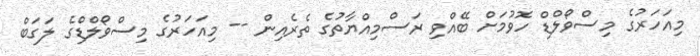
މިއަހަރުގެ މިސްވޯލްޑް ހޮވުމަށް ބޭއްވި ރަސްމިއްޔާތުގެ ތެރެއިން -- މިއަހަރުގެ މިސްވޯލްޑްގެ ލަގަބް